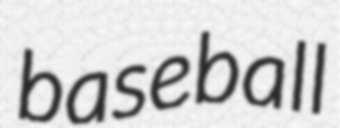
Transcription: baseball